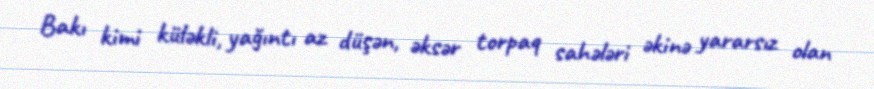
Bakı kimi küləkli, yağıntı az düşən, əksər torpaq sahələri əkinə yararsız olan